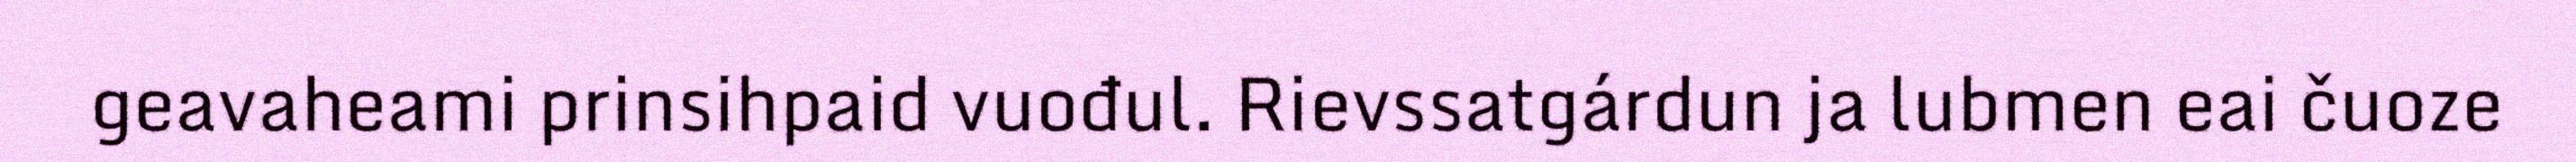
geavaheami prinsihpaid vuođul. Rievssatgárdun ja lubmen eai čuoze